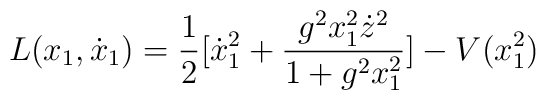
L(x_1, \dot x_1) = \frac{1}{2} [\dot x_1^2 + \frac{g^2x_1^2\dot z^2}{1+g^2x_1^2}] - V(x_1^2)